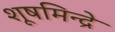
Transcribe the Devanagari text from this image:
शूषमिन्द्रे